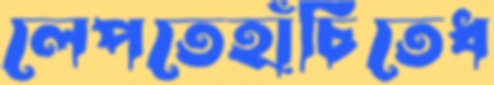
লেপতেহাঁচিতেধ